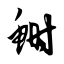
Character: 鲥